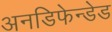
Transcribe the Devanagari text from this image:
अनडिफेन्डेड